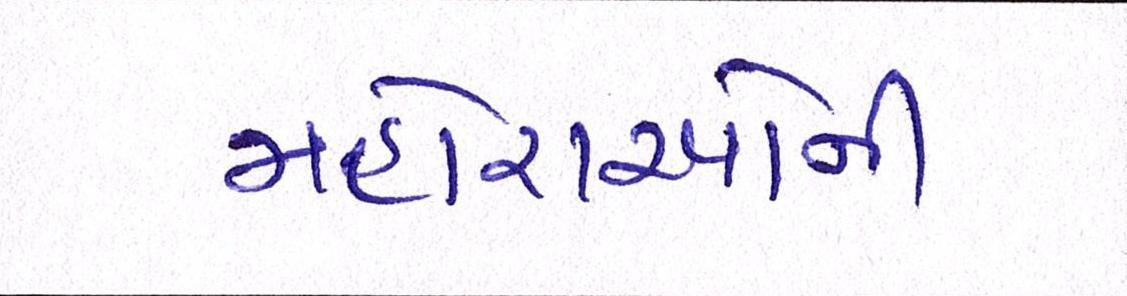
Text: મહોરાઓની